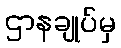
ဌာနချုပ်မှ